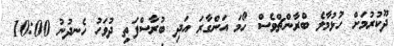
ދޫކުރުމަށް ހުޅުމާލެ ބްރާންޗްވެސް ހޯމަ އަންގާރަ އަދި ބުރާސްފަތި ދުވަހު ހެނދުނު 10:00